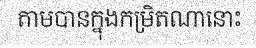
តាមបានក្នុងកម្រិតណានោះ